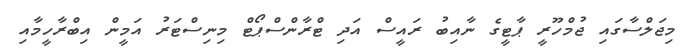
މިޖަލްސާގައި ޖުމްހޫރީ ޕާޓީގެ ނާއިބު ރައީސް އަދި ޓްރާންސްޕޯޓް މިނިސްޓަރު އަމީން އިބްރާހީމާއި